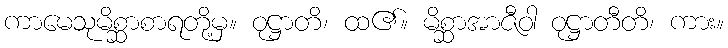
ကာမေသုမိစ္ဆာစာရတို့မှ။ ဝုဋ္ဌာတိ၊ ထ၏။ မိစ္ဆာအာဇီဝါ ဝုဋ္ဌာတီတိ၊ ကား။